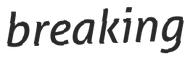
breaking